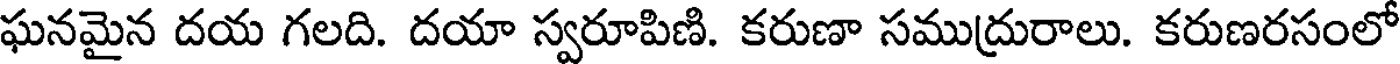
ఘనమైన దయ గలది. దయా స్వరూపిణి. కరుణా సముద్రురాలు. కరుణరసంలో